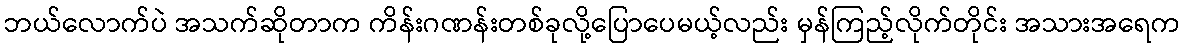
ဘယ်လောက်ပဲ အသက်ဆိုတာက ကိန်းဂဏန်းတစ်ခုလို့ပြောပေမယ့်လည်း မှန်ကြည့်လိုက်တိုင်း အသားအရေက